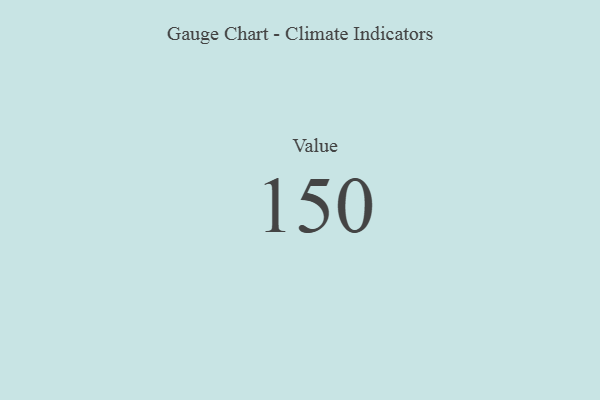
{"axis": {"x": "Metric", "y": "Value"}, "legend": [""], "data": [{"x": "Value", "y": 150, "type": ""}]}